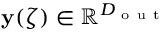
\mathbf { y } ( \zeta ) \in \mathbb { R } ^ { D _ { \mathrm { ~ o ~ u ~ t ~ } } }